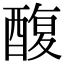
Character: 𮠸